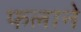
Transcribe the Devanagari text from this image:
फलाने